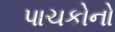
પાચકોનો